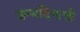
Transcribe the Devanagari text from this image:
जन्मदिनाची